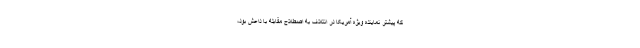
که پیشتر نماینده ویژه آمریکا در ائتلاف به اصطلاح مقابله با داعش بود،